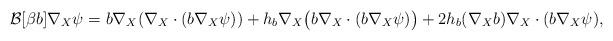
LaTeX: \begin{align*} \mathcal{B}[\beta b]\nabla_X \psi = b \nabla_X(\nabla_X\cdot(b\nabla_X \psi)) + h_b \nabla_X \big{(}b\nabla_X\cdot(b\nabla_X \psi)\big{)} + 2h_b(\nabla_Xb)\nabla_X\cdot(b\nabla_X \psi), \end{align*}